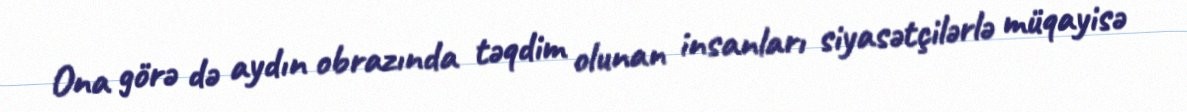
Ona görə də aydın obrazında təqdim olunan insanları siyasətçilərlə müqayisə